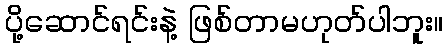
ပို့ဆောင်ရင်းနဲ့ ဖြစ်တာမဟုတ်ပါဘူး။